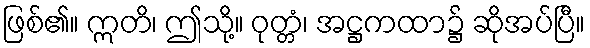
ဖြစ်၏။ ဣတိ၊ ဤသို့။ ဝုတ္တံ၊ အဋ္ဌကထာ၌ ဆိုအပ်ပြီ။